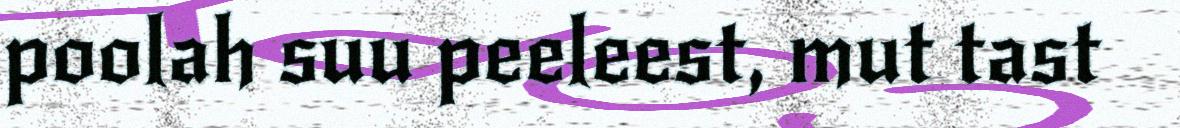
poolah suu peeleest, mut tast